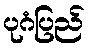
ပုဂံပြည်